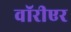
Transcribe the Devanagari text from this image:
वॉरीएर